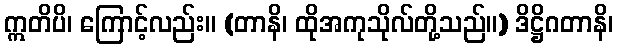
ဣတိပိ၊ ကြောင့်လည်း။ (တာနိ၊ ထိုအကုသိုလ်တို့သည်။) ဒိဋ္ဌိဂတာနိ၊